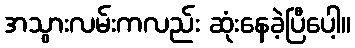
အသွားလမ်းကလည်း ဆုံးနေခဲ့ပြီပေါ့။